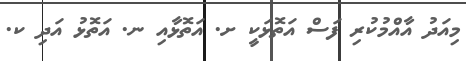
މިއަދު އާއްމުކުރި ފަސް އަތޮޅަކީ ށ. އަތޮޅާއި ނ. އަތޮޅު އަދި ކ.